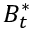
B _ { t } ^ { * }